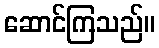
ဆောင်ကြသည်။